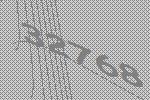
32768